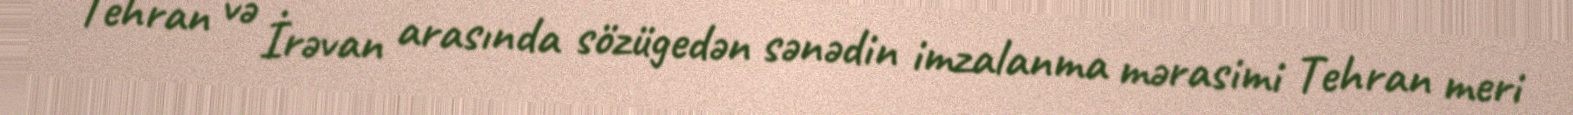
Tehran və İrəvan arasında sözügedən sənədin imzalanma mərasimi Tehran meri